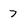
Character: 7